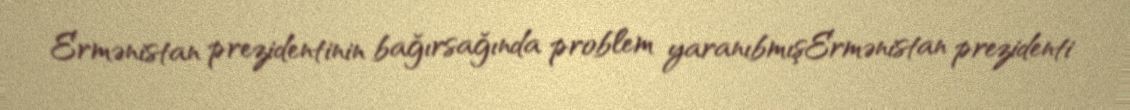
Ermənistan prezidentinin bağırsağında problem yaranıbmışErmənistan prezidenti